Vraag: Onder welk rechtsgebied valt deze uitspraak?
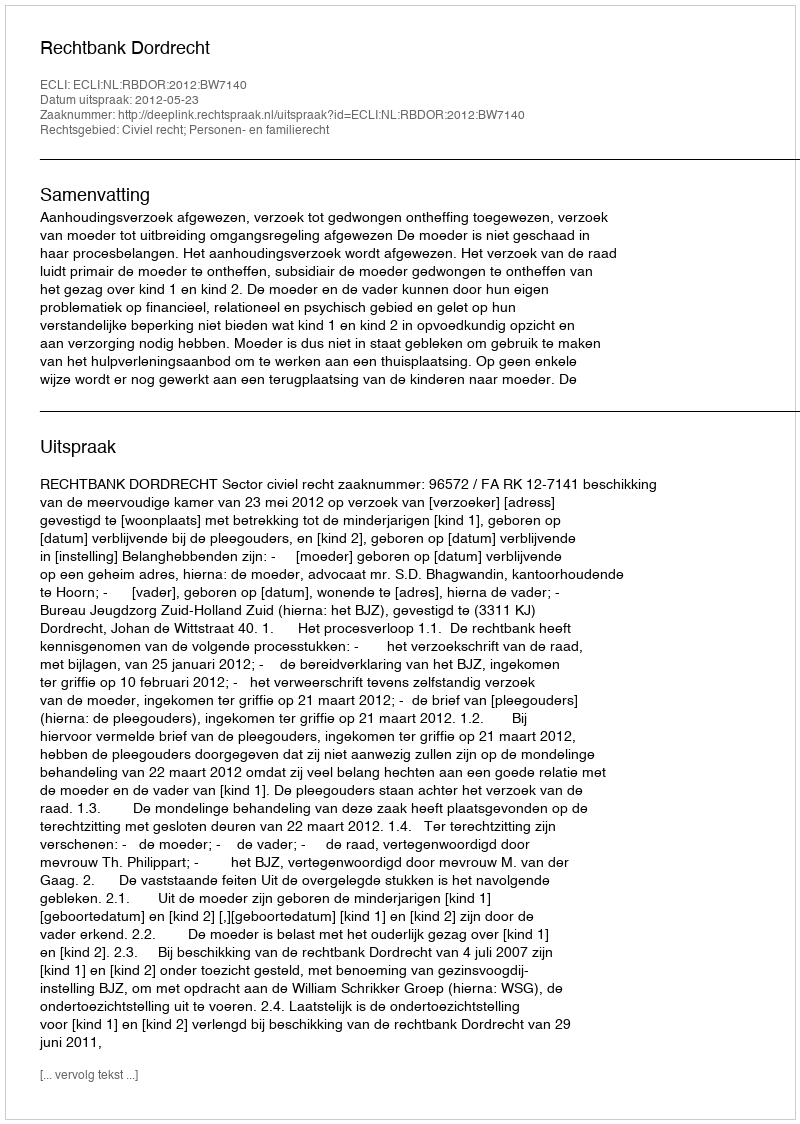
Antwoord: Civiel recht; Personen- en familierecht